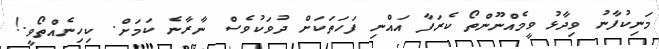
މަނިކުފާނު ވިދާޅު ވީމެއްނޫންތޯ ކެރަފާ އައްނި ފަހަތަކަށް ދުވަކުވެސް ނާރާނެ ކަމަށް. ކިހިނެއްތޯވީ.!